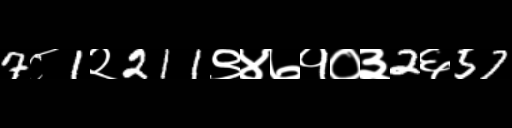
Text: 7८1२211९४७१०३2६57